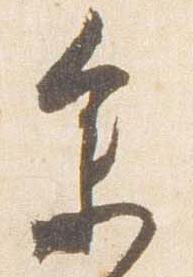
参